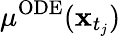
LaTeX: \mu^{\mathrm{ODE}}(\mathbf{x}_{t_{j}})